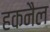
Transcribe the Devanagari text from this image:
हकनैल